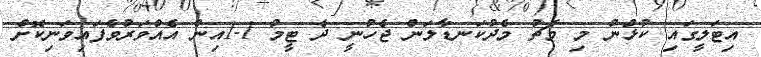
އިޓަލީގައި ކުޅުނު މި މެޗު މެދުކަނޑާލަން ޖެހުނީ ދެ ޓީމު 1-1އިން އެއްވަރުވެފައިވަނިކޮށް